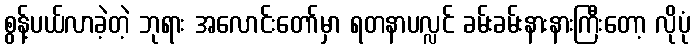
စွန့်ပယ်လာခဲ့တဲ့ ဘုရား အလောင်းတော်မှာ ရတနာပလ္လင် ခမ်းခမ်းနားနားကြီးတော့ လိုပုံ